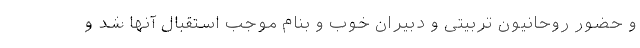
و حضور روحانیون تربیتی و دبیران خوب و بنام موجب استقبال آنها شد و